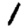
Digit: 1